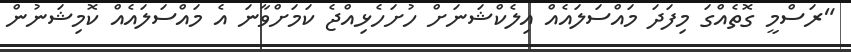
"ރަސްމީ ގޮތެއްގަ މިފަދަ މައްސަލައެއް އިލެކްޝަނަށް ހުށަހެޅިއްޖެ ކަމަށްވާނަ އެ މައްސަލައެއް ކޮމިޝަނުން